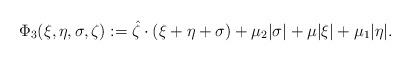
LaTeX: \begin{align*}\Phi_3(\xi, \eta, \sigma ,\zeta):= \hat{\zeta} \cdot(\xi+ \eta +\sigma ) + \mu_2 |\sigma| + \mu |\xi| + \mu_1 |\eta|.\end{align*}